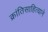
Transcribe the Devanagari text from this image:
क्रांतिसाहित्याने